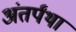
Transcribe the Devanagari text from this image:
अंतर्पंथा